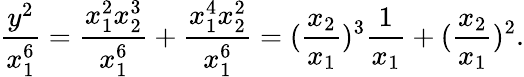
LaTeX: \frac{y^{2}}{x_{1}^{6}}=\frac{x_{1}^{2}x_{2}^{3}}{x_{1}^{6}}+\frac{x_{1}^{4}x_{2}^{2}}{x_{1}^{6}}=(\frac{x_{2}}{x_{1}})^{3}\frac{1}{x_{1}}+(\frac{x_{2}}{x_{1}})^{2}.